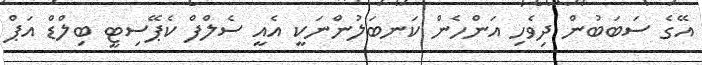
އޭގެ ސަބަބުން ދިވެހި އަންހެން ކަނބަލުންނަކީ އެއީ ސެލްފް ކެޕޭސިޓީ ބިލްޑް އަޕް